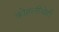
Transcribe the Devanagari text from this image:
कोहलीचेही